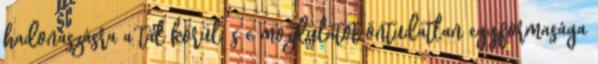
hadonászásra a tál körül; s e mozdulatot öntudatlan egyformasága